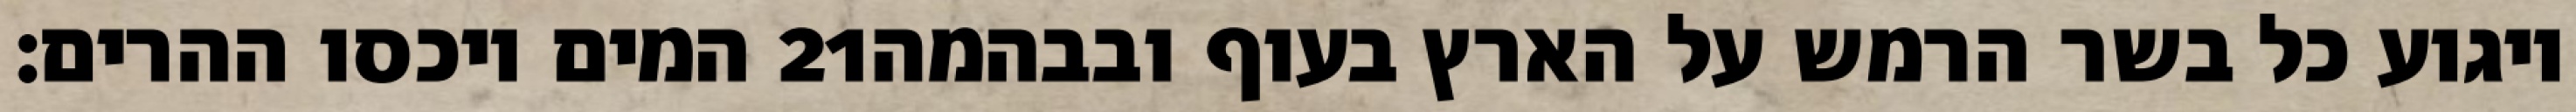
המים ויכסו ההרים׃ ‎21‏ ויגוע כל בשר הרמש על הארץ בעוף ובבהמה